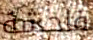
فاحشة